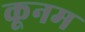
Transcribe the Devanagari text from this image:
कूनम